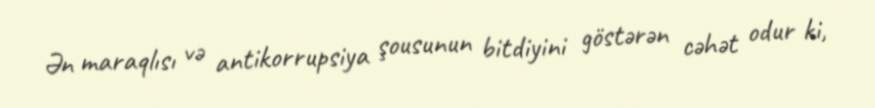
Ən maraqlısı və antikorrupsiya şousunun bitdiyini göstərən cəhət odur ki,